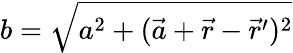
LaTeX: {b=\sqrt{a^{2}+(\vec{a}+\vec{r}-\vec{r}^{\prime})^{2}}}